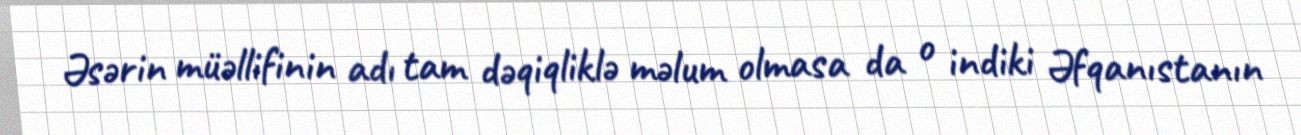
Əsərin müəllifinin adı tam dəqiqliklə məlum olmasa da o indiki Əfqanıstanın